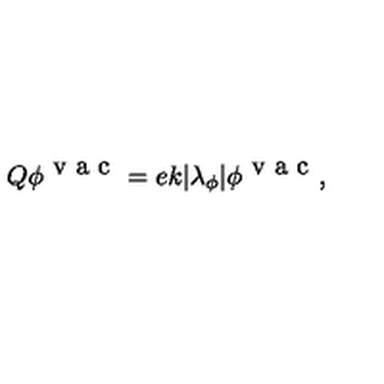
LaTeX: Q \phi ^ { \textrm { v a c } } = e k | \lambda _ { \phi } | \phi ^ { \textrm { v a c } } ,